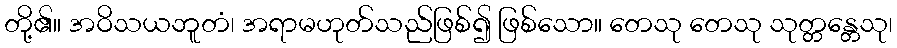
တို့၏။ အဝိသယဘူတံ၊ အရာမဟုတ်သည်ဖြစ်၍ ဖြစ်သော။ တေသု တေသု သုတ္တန္တေသု၊